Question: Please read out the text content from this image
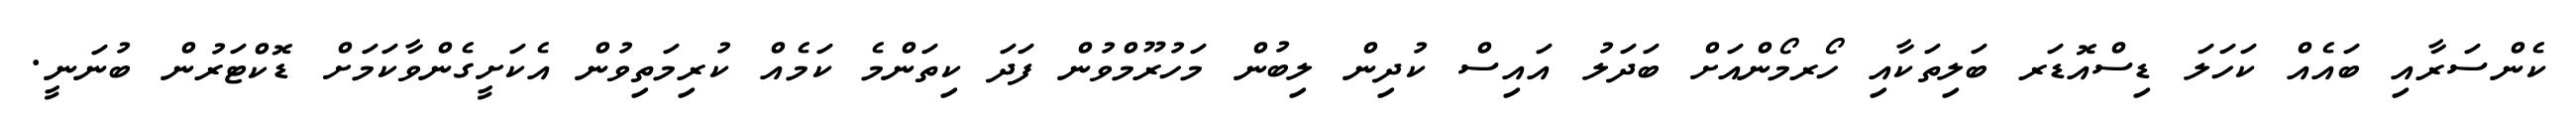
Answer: ކެންސަރާއި ބައެއް ކަހަލަ ޑިސްއޮޑަރ ބަލިތަކާއި ހޯރމޯންއަށް ބަދަލު އައިސް ކުދިން ލިބުން މަހުރޫމްވުން ފަދަ ކިތަންމެ ކަމެއް ކުރިމަތިވުން އެކަށީގެންވާކަމަށް ޑޮކްޓަރުން ބުނަނީ.